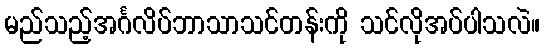
မည်သည့်အင်္ဂလိပ်ဘာသာသင်တန်းကို သင်လိုအပ်ပါသလဲ။